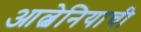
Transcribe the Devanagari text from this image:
आल्बेनियाची